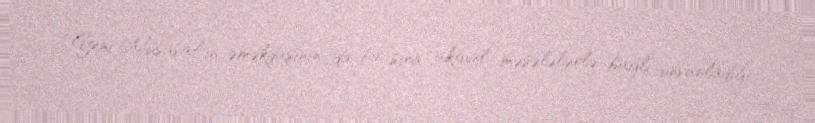
“Yeni Müsavat”ın əməkdaşının da bir sıra aktual məsələlərlə bağlı ünvanladığı